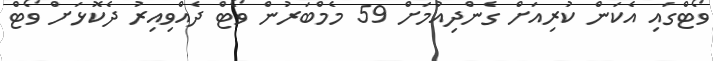
ވޯޓްގައި އެކަން ކުރިއަށް ގެންދިއުމަށް 59 މެމްބަރުން ވޯޓް ދެއްވިއިރު ދެކޮޅަށް ވޯޓް